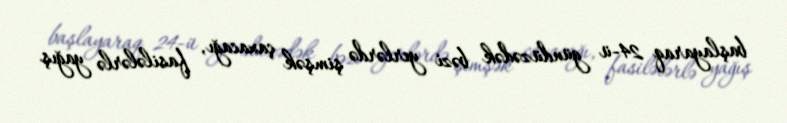
başlayaraq 24-ü gündüzədək bəzi yerlərdə şimşək çaxacağı, fasilələrlə yağış